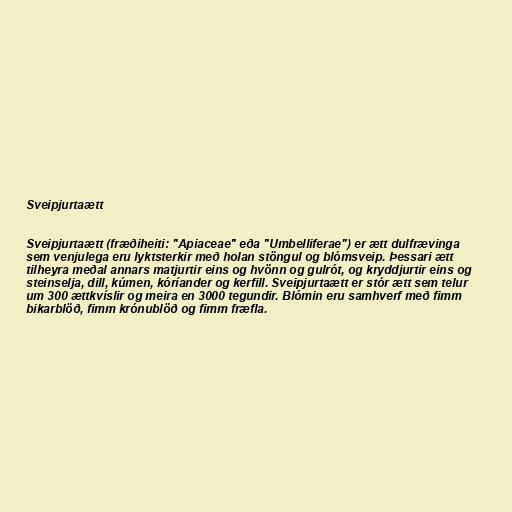
Sveipjurtaætt

Sveipjurtaætt (fræðiheiti: "Apiaceae" eða "Umbelliferae") er ætt dulfrævinga
sem venjulega eru lyktsterkir með holan stöngul og blómsveip. Þessari ætt
tilheyra meðal annars matjurtir eins og hvönn og gulrót, og kryddjurtir eins og
steinselja, dill, kúmen, kóríander og kerfill. Sveipjurtaætt er stór ætt sem telur
um 300 ættkvíslir og meira en 3000 tegundir. Blómin eru samhverf með fimm
bikarblöð, fimm krónublöð og fimm fræfla.